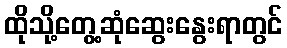
ထိုသို့တွေ့ဆုံဆွေးနွေးရာတွင်